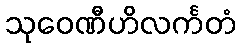
သုဝေဏီဟိလင်္ကတံ